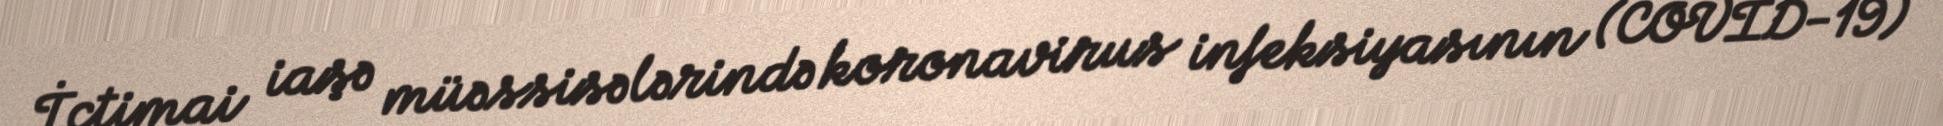
İctimai iaşə müəssisələrində koronavirus infeksiyasının (COVİD-19)